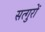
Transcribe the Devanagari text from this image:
सत्गुरों